Vaccine operations Central Provinces 1868-1885 - 1868-1885
Year: 1868
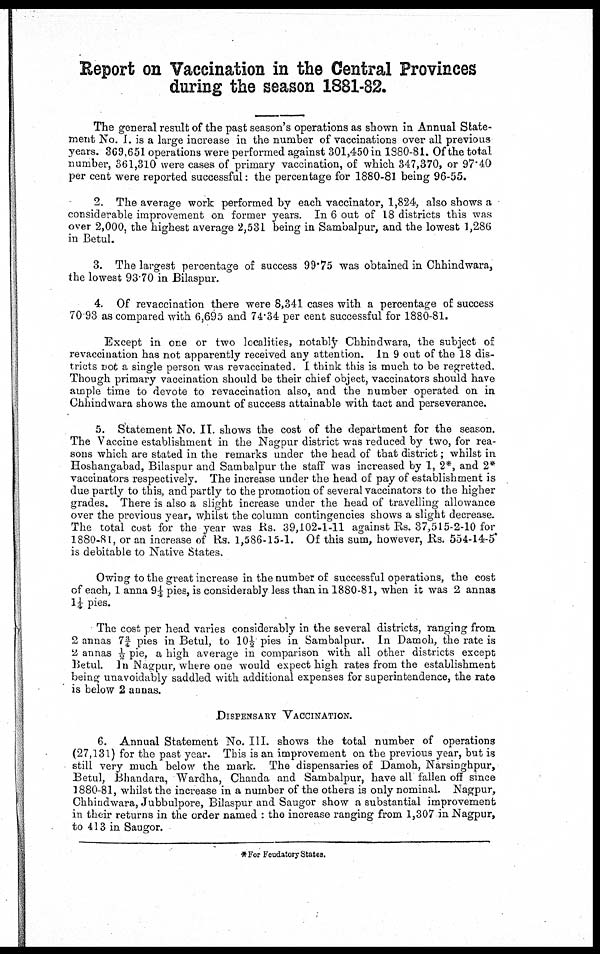
Report on Vaccination in the Central Provinces
during the season 1881-82.
The general result of the past season's operations as shown in Annual State-
ment No. I. is a large increase in the number of vaccinations over all previous
years. 369,651 operations were performed against 301,450 in 1880-81. Of the total
number, 361,310 were cases of primary vaccination, of which 347,370, or 97.40
per cent were reported successful the percentage for 1880-81 being 96-55.
2. The average work performed by each vaccinator, 1,824, also shows a
considerable improvement on former years. In 6 out of 18 districts this was
over 2,000, the highest average 2,531 being in Sambalpur, and the lowest 1,286
in Betul.
3. The largest percentage of success 99.75 was obtained in Chhindwara,
the lowest 93.70 in Bilaspur.
4. Of revaccination there were 8,341 cases with a percentage of success
70.93 as compared with 6,695 and 74.34 per cent successful for 1880-81.
Except in one or two localities, notably Chhindwara, the subject of
revaccination has not apparently received any attention. In 9 out of the 18 dis-
tricts not a single person was revaccinated. I think this is much to be regretted.
Though primary vaccination should be their chief object, vaccinators should have
ample time to devote to revaccination also, and the number operated on in
Chhindwara shows the amount of success attainable with tact and perseverance.
5. Statement No. II. shows the cost of the department for the season.
The Vaccine establishment in the Nagpur district was reduced by two, for rea-
sons which are stated in the remarks under the head of that district; whilst in
Hoshangabad, Bilaspur and Sambalpur the staff was increased by 1, 2*, and 2*
vaccinators respectively. The increase under the head of pay of establishment is
due partly to this, and partly to the promotion of several vaccinators to the higher
grades. There is also a slight increase under the head of travelling allowance
over the previous year, whilst the column contingencies shows a slight decrease.
The total cost for the year was Rs. 39,102-1-11 against Rs. 37,515-2-10 for
1880-81, or an increase of Rs. 1,586-15-1. Of this sum, however, Rs. 554-14-5
is debitable to Native States.
Owing to the great increase in the number of successful operations, the cost
of each, 1 anna 9¼ pies, is considerably less than in 1880-81, when it was 2 annas
1¼ pies.
The cost per head varies considerably in the several districts, ranging from
2 annas 7¾ pies in Betul, to 10½ pies in Sambalpur. In Damoh, the rate is
2 annas ½ pie, a high average in comparison with all other districts except
Betul. In Nagpur, where one would expect high rates from the establishment
being unavoidably saddled with additional expenses for superintendence, the rate
is below 2 annas.
DISPENSARY VACCINATION.
6. Annual Statement No. III. shows the total number of operations
(27,131) for the past year. This is an improvement on the previous year, but is
still very much below the mark. The dispensaries of Damoh, Narsinghpur,
Betul, Bhandara, Wardha, Chanda and Sambalpur, have all fallen off since
1880-81, whilst the increase in a number of the others is only nominal. Nagpur,
Chhindwara, Jubbulpore, Bilaspur and Saugor show a substantial improvement
in their returns in the order named : the increase ranging from 1,307 in Nagpur,
to 413 in Saugor.
*For Feudatory States.